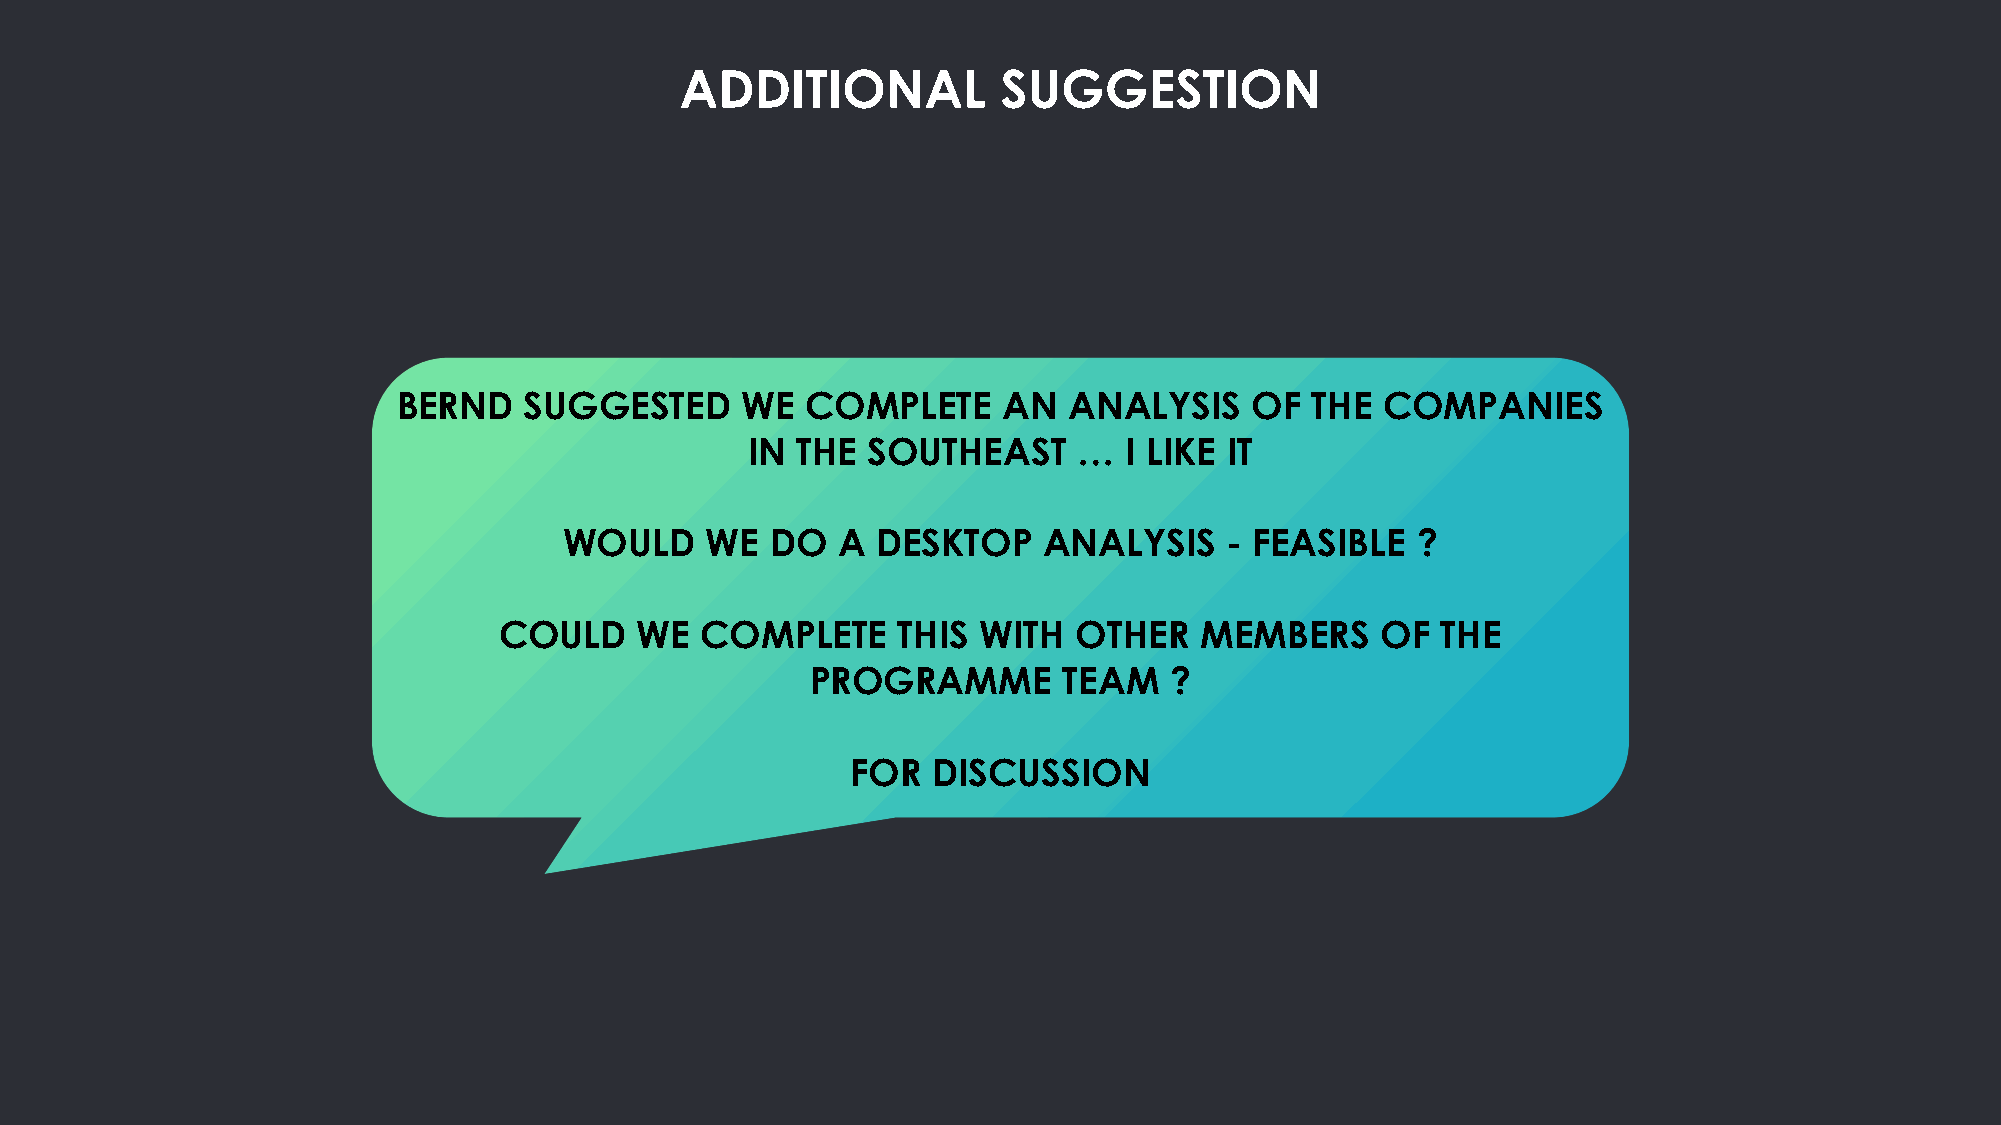
ADDITIONAL           SUGGESTION
 BERND    SUGGESTED     WE  COMPLETE     AN   ANALYSIS    OF  THE  COMPANIES
 IN THE SOUTHEAST     …  I LIKE IT
 WOULD     WE  DO  A  DESKTOP    ANALYSIS    - FEASIBLE   ?
 COULD    WE  COMPLETE     THIS  WITH  OTHER   MEMBERS     OF  THE
 PROGRAMME       TEAM   ?
 FOR   DISCUSSION